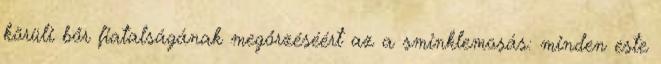
körüli bőr fiatalságának megőrzéséért az a sminklemosás: minden este